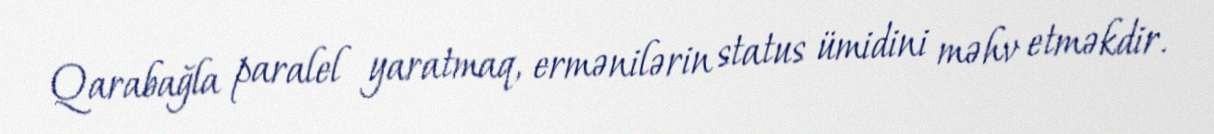
Qarabağla paralel yaratmaq, ermənilərin status ümidini məhv etməkdir.